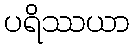
ပရိဿယာ